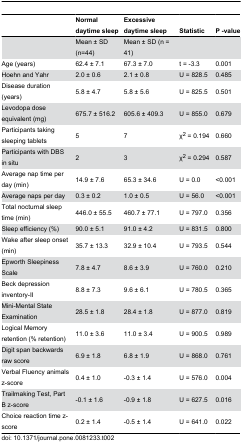
<table><thead><tr><td></td><td><b>Normal daytime sleep </b></td><td><b>Excessive daytime sleep </b></td><td><b>Statistic</b></td><td><b>P -value</b></td></tr></thead><tbody><tr><td></td><td>Mean ± SD (n=44)</td><td>Mean ± SD (n = 41)</td><td></td><td></td></tr><tr><td>Age (years)</td><td>62.4 ± 7.1</td><td>67.3 ± 7.0</td><td>t = -3.3</td><td>0.001</td></tr><tr><td>Hoehn and Yahr</td><td>2.0 ± 0.6</td><td>2.1 ± 0.8</td><td>U = 828.5</td><td>0.485</td></tr><tr><td>Disease duration (years)</td><td>5.8 ± 4.7</td><td>5.8 ± 5.6</td><td>U = 825.5</td><td>0.501</td></tr><tr><td>Levodopa dose equivalent (mg)</td><td>675.7 ± 516.2</td><td>605.6 ± 409.3</td><td>U = 855.0</td><td>0.679</td></tr><tr><td>Participants taking sleeping tablets</td><td>5</td><td>7</td><td>χ<sup>2</sup> = 0.194</td><td>0.660</td></tr><tr><td>Participants with DBS in situ</td><td>2</td><td>3</td><td>χ<sup>2</sup> = 0.294</td><td>0.587</td></tr><tr><td>Average nap time per day (min)</td><td>14.9 ± 7.6</td><td>65.3 ± 34.6</td><td>U = 0.0</td><td>&lt;0.001</td></tr><tr><td>Average naps per day</td><td>0.3 ± 0.2</td><td>1.0 ± 0.5</td><td>U = 56.0</td><td>&lt;0.001</td></tr><tr><td>Total nocturnal sleep time (min)</td><td>446.0 ± 55.5</td><td>460.7 ± 77.1</td><td>U = 797.0</td><td>0.356</td></tr><tr><td>Sleep efficiency (%)</td><td>90.0 ± 5.1</td><td>91.0 ± 4.2</td><td>U = 831.5</td><td>0.800</td></tr><tr><td>Wake after sleep onset (min)</td><td>35.7 ± 13.3</td><td>32.9 ± 10.4</td><td>U = 793.5</td><td>0.544</td></tr><tr><td>Epworth Sleepiness Scale</td><td>7.8 ± 4.7</td><td>8.6 ± 3.9</td><td>U = 760.0</td><td>0.210</td></tr><tr><td>Beck depression inventory-II</td><td>8.8 ± 7.3</td><td>9.6 ± 6.1</td><td>U = 780.5</td><td>0.365</td></tr><tr><td>Mini-Mental State Examination</td><td>28.5 ± 1.8</td><td>28.4 ± 1.8</td><td>U = 877.0</td><td>0.819</td></tr><tr><td>Logical Memory retention (% retention)</td><td>11.0 ± 3.6</td><td>11.0 ± 3.4</td><td>U = 900.5</td><td>0.989</td></tr><tr><td>Digit span backwards raw score</td><td>6.9 ± 1.8 </td><td>6.8 ± 1.9</td><td>U = 868.0</td><td>0.761</td></tr><tr><td>Verbal Fluency animals z-score</td><td>0.4 ± 1.0</td><td>-0.3 ± 1.4</td><td>U = 576.0</td><td>0.004</td></tr><tr><td>Trailmaking Test, Part B z-score</td><td>-0.1 ± 1.6</td><td>-0.9 ± 1.8</td><td>U = 627.5</td><td>0.016</td></tr><tr><td>Choice reaction time z-score</td><td>0.2 ± 1.4</td><td>-0.5 ± 1.4</td><td>U = 641.0</td><td>0.022</td></tr></tbody></table>